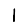
Digit: 1